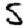
Digit: 5